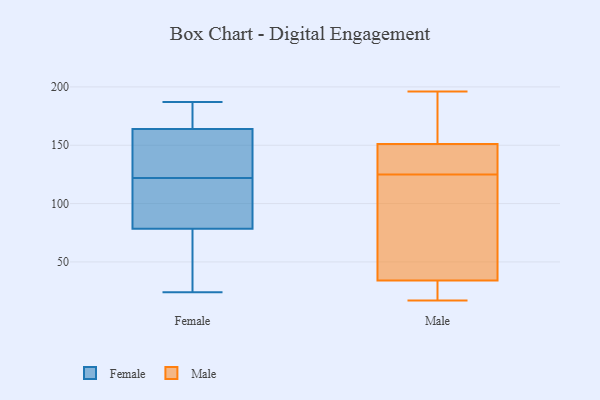
{"axis": {"x": "Energy Usage (MWh)", "y": "Value"}, "legend": ["Female", "Male"], "data": [{"x": "", "y": 61, "type": "Female"}, {"x": "", "y": 176, "type": "Female"}, {"x": "", "y": 132, "type": "Female"}, {"x": "", "y": 120, "type": "Female"}, {"x": "", "y": 24, "type": "Female"}, {"x": "", "y": 111, "type": "Female"}, {"x": "", "y": 187, "type": "Female"}, {"x": "", "y": 65, "type": "Female"}, {"x": "", "y": 182, "type": "Female"}, {"x": "", "y": 124, "type": "Female"}, {"x": "", "y": 152, "type": "Female"}, {"x": "", "y": 92, "type": "Female"}, {"x": "", "y": 152, "type": "Male"}, {"x": "", "y": 114, "type": "Male"}, {"x": "", "y": 144, "type": "Male"}, {"x": "", "y": 125, "type": "Male"}, {"x": "", "y": 29, "type": "Male"}, {"x": "", "y": 164, "type": "Male"}, {"x": "", "y": 49, "type": "Male"}, {"x": "", "y": 130, "type": "Male"}, {"x": "", "y": 190, "type": "Male"}, {"x": "", "y": 196, "type": "Male"}, {"x": "", "y": 111, "type": "Male"}, {"x": "", "y": 148, "type": "Male"}, {"x": "", "y": 21, "type": "Male"}, {"x": "", "y": 17, "type": "Male"}, {"x": "", "y": 24, "type": "Male"}]}